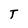
Character: T